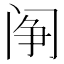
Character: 䦶